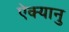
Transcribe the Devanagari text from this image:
ऐक्यानु